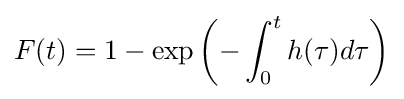
F(t)=1-\exp {\left(-\int _{0}^{t}h(\tau )d\tau \right)}